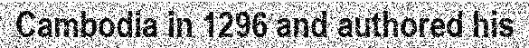
Cambodia in 1296 and authored his